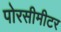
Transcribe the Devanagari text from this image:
पोरसीमीटर